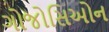
ગોજોસિઓન